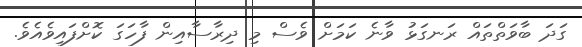
ގަދަ ބާވަތްތައް ރަނގަޅު ވާނެ ކަމަށް ވެސް މި ދިރާސާއިން ފާހަގަ ކޮށްފައިވެއެވެ.